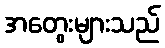
အတွေးများသည်